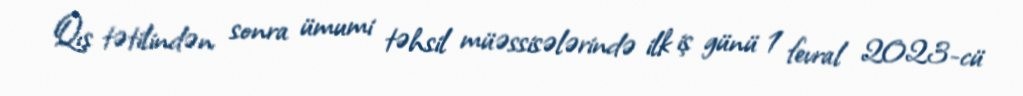
Qış tətilindən sonra ümumi təhsil müəssisələrində ilk iş günü 1 fevral 2023-cü